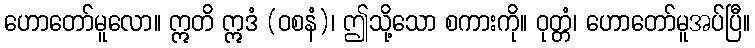
ဟောတော်မူလော။ ဣတိ ဣဒံ (ဝစနံ)၊ ဤသို့သော စကားကို။ ဝုတ္တံ၊ ဟောတော်မူအပ်ပြီ။